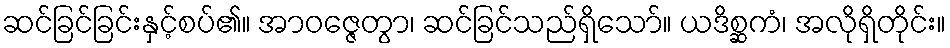
ဆင်ခြင်ခြင်းနှင့်စပ်၏။ အာဝဇ္ဇေတွာ၊ ဆင်ခြင်သည်ရှိသော်။ ယဒိစ္ဆကံ၊ အလိုရှိတိုင်း။